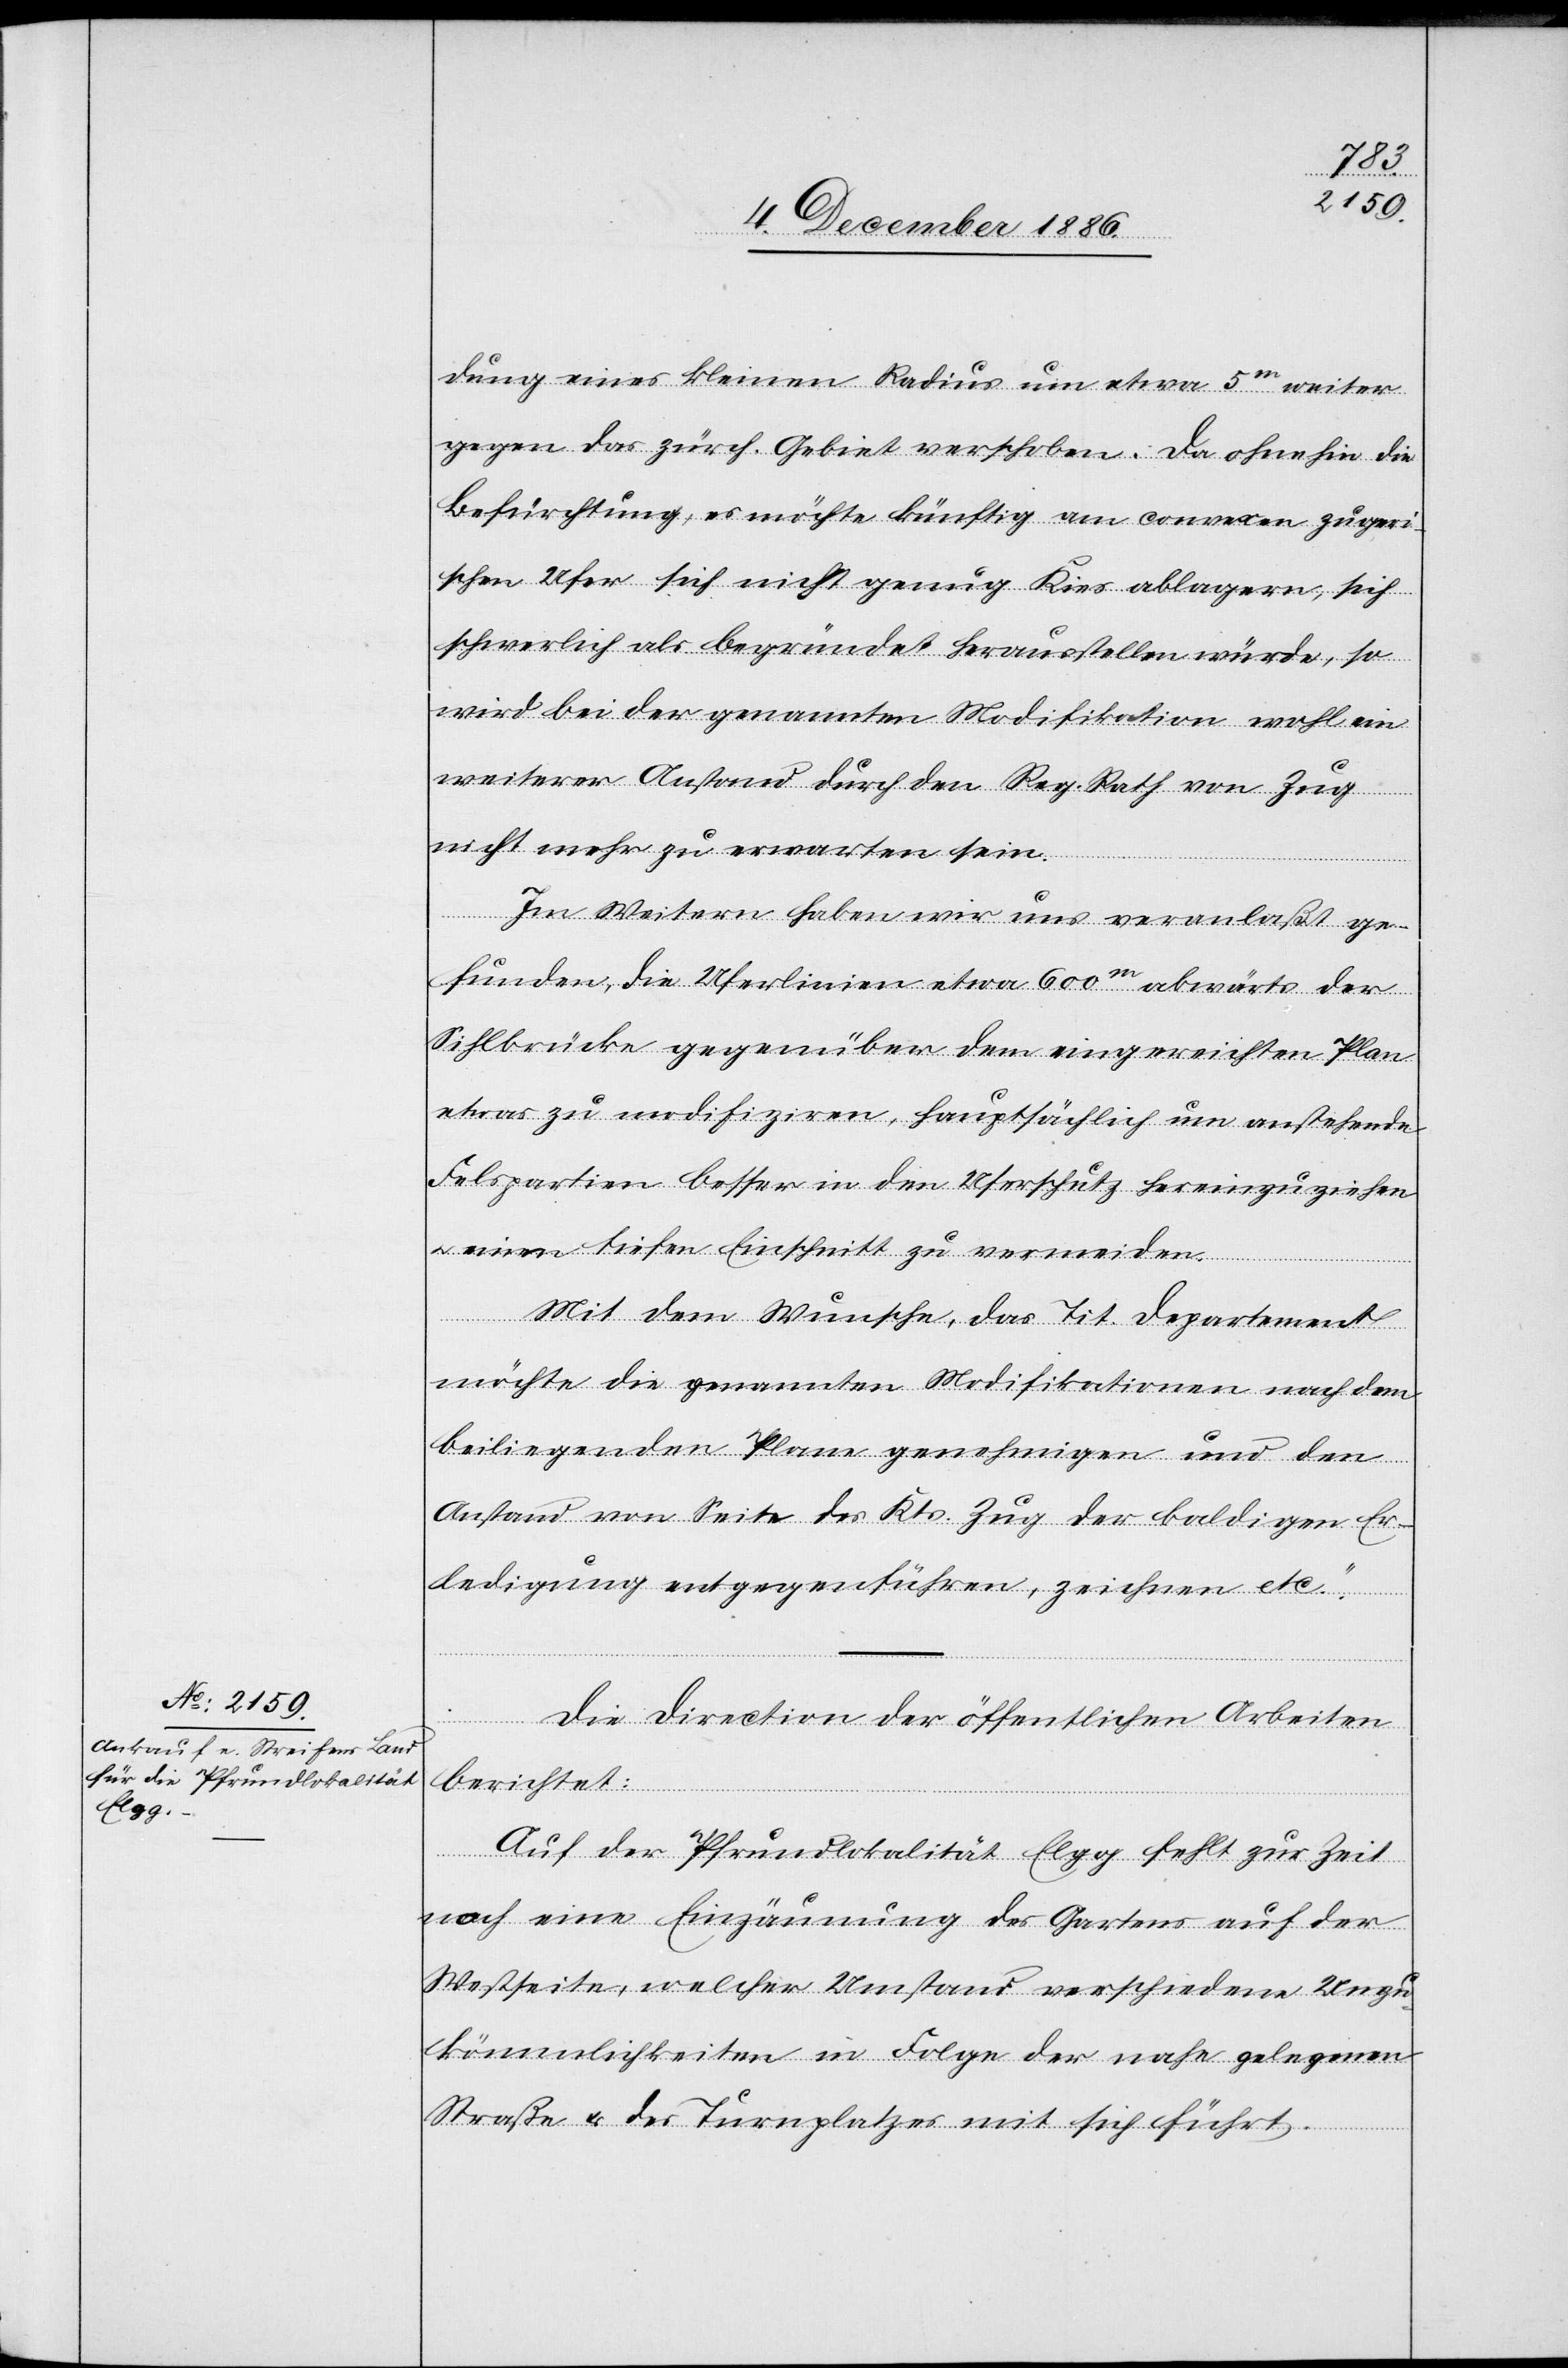
dung eines kleinen Radius um etwa 5m weiter
gegen das zürch. Gebiet verschoben. Da ohnehin die
Befürchtung, es möchte künftig am convexen zugeri¬
schen Ufer sich nicht genug Kies ablagern, sich
schwerlich als begründet herausstellen würde, so
wird bei der genannten Modifikation wohl ein
weiterer Anstand durch den Reg. Rath von Zug
nicht mehr zu erwarten sein.
Im Weitern haben wir uns veranlaßt ge¬
funden, die Uferlinien etwa 600m abwärts der
Sihlbrücke gegenüber dem eingereichten Plan
etwas zu modifiziren, hauptsächlich um anstehende
Felspartien besser in den Uferschutz hereinzuziehen
einen tiefen Einschnitt zu vermeiden.
Mit dem Wunsche, das Tit. Departement
möchte die genannten Modifikationen nach dem
beiliegenden Plane genehmigen und den
Anstand von Seite des Kts. Zug der baldigen Er¬
ledigung entgegenführen, zeichnen etc.“
Die Direction der öffentlichen Arbeiten
berichtet:
Auf der Pfrundlokalität Elgg fehlt zur Zeit
noch eine Einzäunung des Gartens auf der
Westseite, welcher Umstand verschiedene Unzu¬
kömmlichkeiten in Folge der nahe gelegenen
Straße & des Turnplatzes mit sich führt.